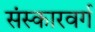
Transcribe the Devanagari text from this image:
संस्कारवर्ग